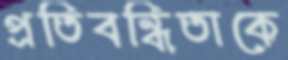
প্রতিবন্ধিতাকে